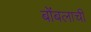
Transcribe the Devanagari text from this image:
बोंबलाची